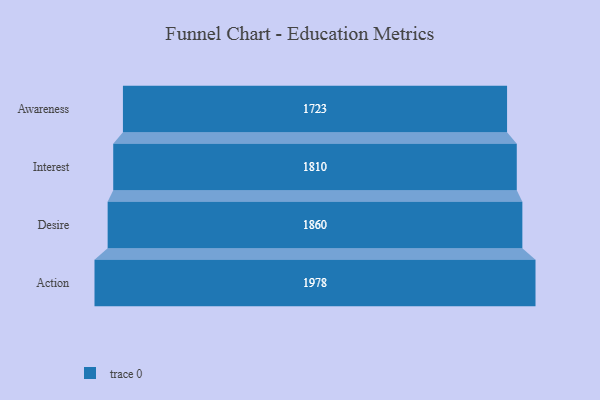
{"axis": {"x": "Stage", "y": "Value"}, "legend": [""], "data": [{"x": "Awareness", "y": 1723.0, "type": ""}, {"x": "Interest", "y": 1810.0, "type": ""}, {"x": "Desire", "y": 1860.0, "type": ""}, {"x": "Action", "y": 1978.0, "type": ""}]}